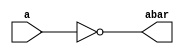
module compliment (a,abar);

input [3:0] a;

output [3:0] abar;

assign abar = ~a;

endmodule